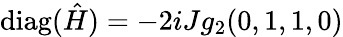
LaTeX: \mathrm{diag}(\hat{H})=-2iJg_{2}(0,1,1,0)